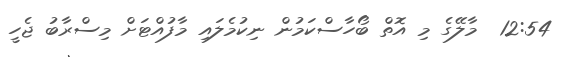
12:54  މާލޭގެ މި އޮތް ބޯހާސްކަމުން ނިކުމެލައި މާފުއްޓަށް މިސްރާބު ޖެހީ